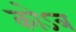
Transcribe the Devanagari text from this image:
कोऽत्र